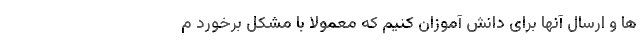
ها و ارسال آنها برای دانش آموزان کنیم که معمولاً با مشکل برخورد م